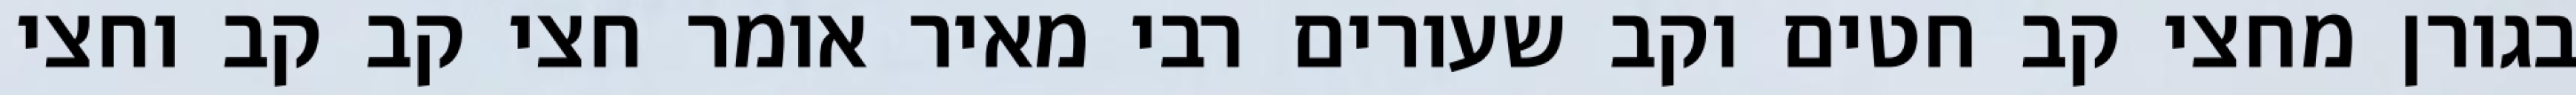
בגורן מחצי קב חטים וקב שעורים רבי מאיר אומר חצי קב קב וחצי